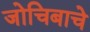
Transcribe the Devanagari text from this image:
जोचिबाचे